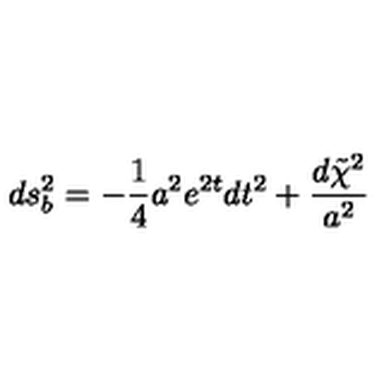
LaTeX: d s _ { b } ^ { 2 } = - \frac { 1 } { 4 } a ^ { 2 } e ^ { 2 t } d t ^ { 2 } + \frac { d \tilde { \chi } ^ { 2 } } { a ^ { 2 } }